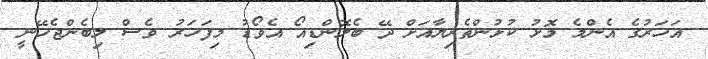
އަހަރުގެ އެންމެ މޮޅު ކުޅުންތެރިޔާއަށް ދޭ ބެލޮންޑިއޯ އެވޯޑު މިފަހަރު ވެސް ލިބެންޖެހޭނީ